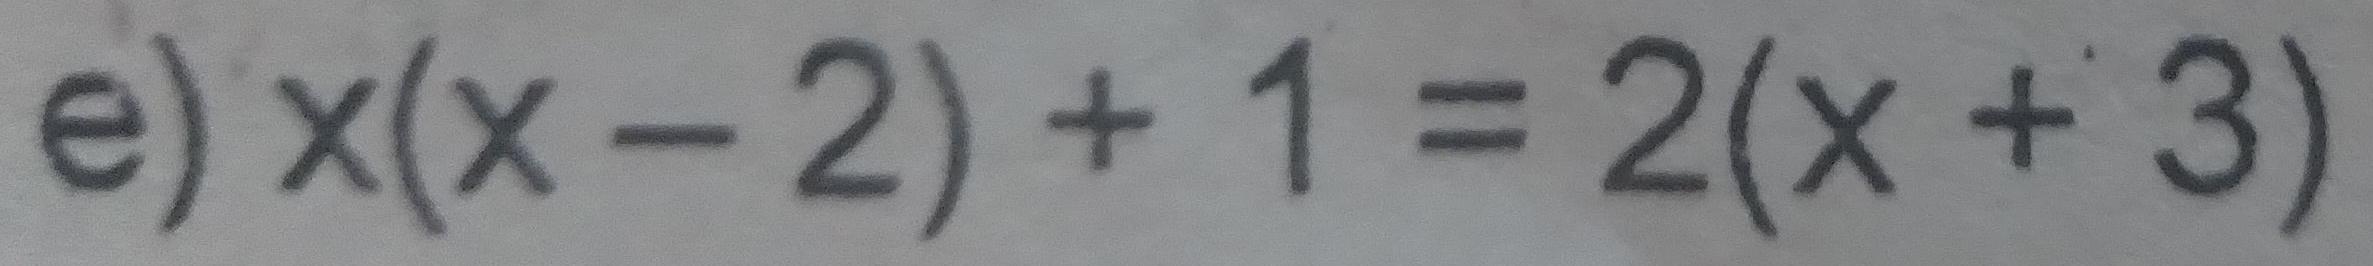
e) $x(x - 2) + 1 = 2(x + 3)$